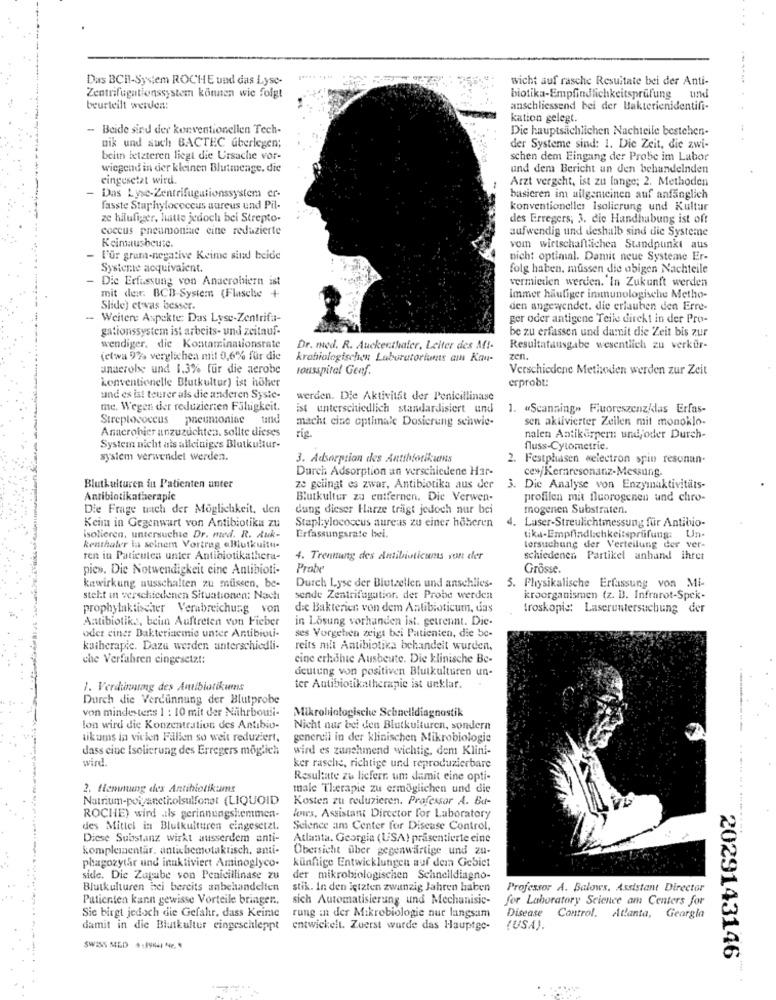
Das BCHI-System ROCHE und das Lyse-
wicht auf rasche Resultate bei der Anti-
Zentrifugationssystem können wie folgt
biotika-Empfindlichkeitsprüfung und
beurteilt werden:
anschliessend bei der Bakterienidentifi-
-
kation gelegt.
- Beide sind der konventionellen Tech-
Die hauptsächlichen Nachteile bestehen-
nik und such BACTEC überlegen;
der Systeme sind: 1. Die Zeit, die zwi-
beiin letzteren liegt die Ursache vor-
schen dem Eingang der Probe im Labor
wiegend in der kleinen Blutmenge, die
und dem Bericht an den behandelnden
eingesetzt wird.
Arzt vergeht, ist zu lange; 2. Methoden
- Das Lyse-Zentrifugationssystem er-
basieren im allgemeinen auf anfänglich
fasste Staphylococcus aureus und Pil-
konventioneller Isolierung und Kultur
ze häufiger, lutte jedoch bei Strepto-
des Erregers; 3. die Handhabung ist oft
coccus pneumoniae eine reduzierte
aufwendig und deshalb sind die Systeme
Keinausbeute.
vom wirtschaftlichen Standpunkt aus
- l'ur grum-negative Keime sind beide
nicht optimal. Damit neue Systeme Er-
Systente acquivaient.
folg haben. müssen die obigen Nachteile
- Dic Erfassung von Anaerobiern ist
vermieten werden. In Zukunft werden
mit der. BCB-System (Flasche +
Immer häufiger immunologische Metho-
Slide) et vas besser.
den angewendet. die erlauben den Erre-
- Weitere Aspekte: Das Lyse-Zentrifu-
ger oder antigene Teile direkt in der Pro-
gationssystem ist arbeits- und zeitauf-
be zu erfassen und damit die Zeit bis zur
wendiger. die Kontaminationsrate
Dr. med. R. Auckenthaler, Leiter des Af !-
Resultatausgabe wesentlich zu verkür-
(etwa 9% verglichen mil 0,6% für die
krabiologischen Laboratoriants am Kan-
zen.
anaerobe und 1.3% für die aerobe
tousspital Genf.
Verschiedene Methoden werden zur Zeit
konventionelle Blutkultur) ist höher
erprobt:
und es ist teurer als die anderen Syste-
werden. Die Aktivitft der Penicillinase
me. Wegen der reduzierten Fähigkeit.
ist unterschiedlich standardisiert und
1. «Scanning» Fluoreszenz/das Erfas-
Streptococcus pneumoniae tind
macht cine optimale Dosierung schwie-
sen aktivierter Zeilen mit monoklo-
Anacrobier anzuzuchten. sollte dieses
rig
nalen Antikörpern undjoder Durch-
System nicht als alleiniges Blutkultur-
fluss-Cytometrie.
system verwendet werden.
3. Adsorption des Antibiotikuns
2. Festphasen welectron spin resonan-
Durch Adsorption an verschiedene Har-
cey/Kernresonanz-Messung.
Blutkulturen in Patienten unter
ze gelingt es zwar, Antibiotika aus der
3. Die Analyse von Enzymaktivitäts-
Antibiotikatherapie
Blutkultur zu entfernen. Die Verwen-
profilen mit fluorogenen und chro-
Die Frage nach der Moglichkeit, den
dung dieser Harze trägt jedoch nur bei
mogenen Substraten.
Keim in Gegenwart von Antibiotika zu
Staphylococcus aureus zu einer höheren
4. Laser-Streulichtmessung für Antibio-
isolieren, untersuchte Dr. med. R. Auk-
Erfassungsrate bel.
tika-Empfindlichkeitsprüfung: Un-
kenthaler la seinem Vortrag aBlutkuitu-
tersuchung der Verteilung der ver-
ren in Paticulen unter Antibiotikathera-
4. Trennung des Antibioticuns von der
schiedenen Partikel anhand Ihret
pie». Die Notwendigkeit cine Antibioti-
Prabe
Grösse.
kawirkung ausschalten zu müssen, be-
Durch Lyse der Blutzellen und anschlies-
5. Physikalische Erfassung von Mi-
steht in verschiedenen Situationen: Nach
sende Zentrifugatior, der Probe werden
kroorganismen (z. B. Infrarot-Spek-
prophylaktischer Verabreichung von
die Bakterien von dem Antibioticum, das
troskopie: Laseruntersuchung der
Antibiotika, beim Auftreten von Fieber
in Lösung vorhanden ist. getrennt. Die-
oder einer Bakterinemie unter Antibioti-
ses Vorgehen zeigt bei Patienten, die be-
kuiherapie. Dazu werden unterschiedli-
reits milt Antibiotika behandelt wurden.
che Verfahren eingesetzt:
cine erhöhte Ausbeute. Die klinische Be-
deutung von positiven Blutkulturen un-
1. Verdunning des Antibiotikumns
ter Antibiotikatherapie ist unklar.
Durch die Verdünnung der Blutprobe
von mindestens 1 : 10 mit der Naihrbouli-
Mikrobiologische Schnelldiagnostik
lon wird die Konzentration des Antibio-
Nicht nur bei den Blutkulturen, sondern
tikums in vicien Fallen so weit reduziert.
generell in der klinischen Mikrobiologie
dass eine Isolierung des Erregers möglich
wird es zunehmend wichtig, dem Klini-
wird.
ker rasche, richtige und reproduzierbare
Resultate zu lieferr. um damit eine opti-
2. flcminung des Antibiotikums
male Therapie zu ermöglichen und die
Natrium-polyanctholsulfonet (LIQUOID
Kosten zu reduzieren. Professor A. But-
ROCHE) wird .ils gerinnungshemmen-
lows, Assistant Director for Laboratory
des Mittel in Blutkulturen eingesetzt.
Science am Center for Disease Control,
Diese Substanz wirkt ausserdem anti-
Atlanta, Georgia (USA) präsentierte cine
komplementär. antichemotaktisch, anti-
Übersicht über gegenwärtige und zu-
phagozytar und inaktiviert Aminoglyco.
künftige Entwicklungen auf dein Gebiet
side. Die Zugabe von Penicillinase zu
der mikrobiologischen Schnelldiagno-
Blutkulturen bei bereits anbehandelten
stik. In den igtzten zwanzig Jahren haben
Professor A. Balows, Assistant Director
Patienten kann gewisse Vorteile bringen ..
sich Automatisierung und Mechanisic-
for Laboratory Science am Centers for
Sic birgt jedoch die Gefahr, dass Keime
rung in der Mikrobiologie nur langsam
Disease Control. Atlanta, Georgia
damit in die Blutkultur eingeschleppt
entwickelt. Zuerst wurde das Hauptge-
(USA).
2029143146"